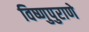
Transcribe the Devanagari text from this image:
विष्णुपुराणे